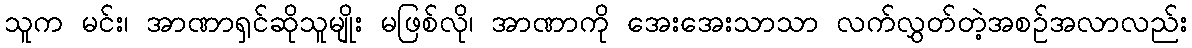
သူက မင်း၊ အာဏာရှင်ဆိုသူမျိုး မဖြစ်လို၊ အာဏာကို အေးအေးသာသာ လက်လွှတ်တဲ့အစဉ်အလာလည်း